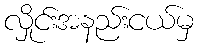
လှိုင်းအနည်းငယ်မှ